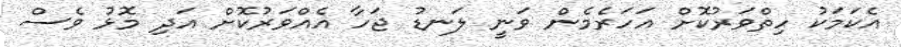
އެކަމަކު ހިތްވަރުކޮށް އަހަރެމެން ވަނީ ލަނޑު ޖަހާ އެއްވަރުކޮށް އަދި މޮޅު ވެސް